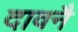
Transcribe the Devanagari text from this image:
दावनै